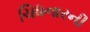
ચિધનારની